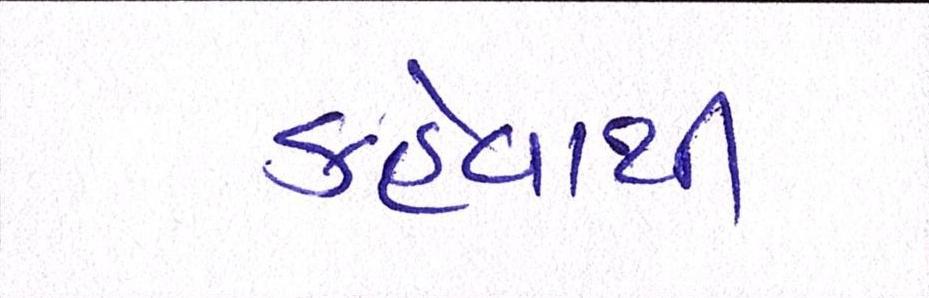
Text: કહેવાથી